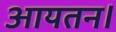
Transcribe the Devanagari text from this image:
आयतन।